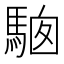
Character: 𩣢